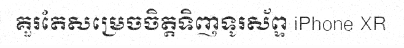
គួរតែសម្រេចចិត្តទិញទូរស័ព្ទ iPhone XR